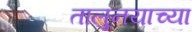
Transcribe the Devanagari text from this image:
तालु्नयाच्या